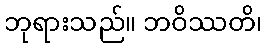
ဘုရားသည်။ ဘဝိဿတိ၊